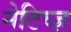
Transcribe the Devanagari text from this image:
नेटिव्ज़